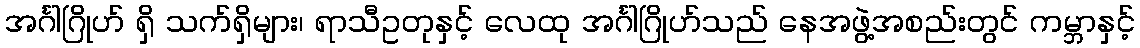
အင်္ဂါဂြိုဟ် ရှိ သက်ရှိများ၊ ရာသီဥတုနှင့် လေထု အင်္ဂါဂြိုဟ်သည် နေအဖွဲ့အစည်းတွင် ကမ္ဘာနှင့်